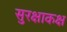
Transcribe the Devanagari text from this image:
सुरक्षाकक्ष